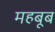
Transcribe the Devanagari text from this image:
महबूब